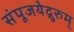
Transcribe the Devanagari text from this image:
संपूजयेद्गुरुम्